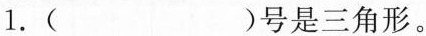
1.( )号是三角形。